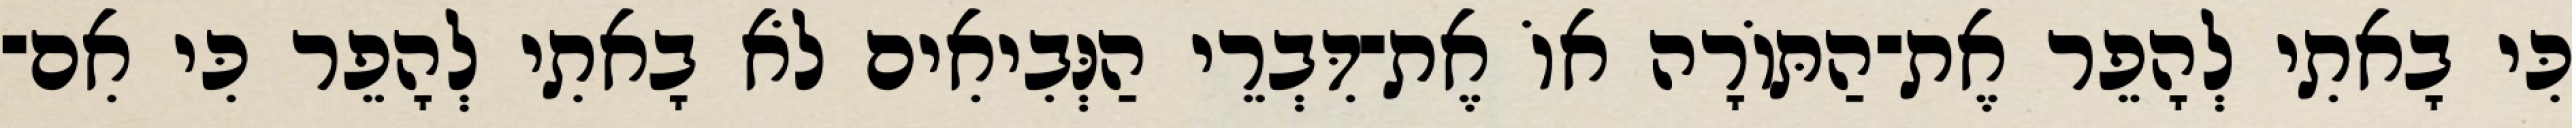
כִּי בָאתִי לְהָפֵר אֶת־הַתּוֹרָה אוֹ אֶת־דִּבְרֵי הַנְּבִיאִים לֹא בָאתִי לְהָפֵר כִּי אִם־